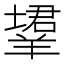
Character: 𬙹